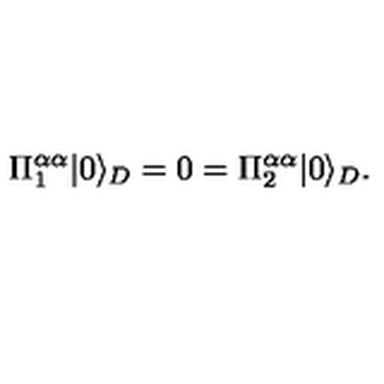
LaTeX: \Pi _ { 1 } ^ { \alpha \alpha } | 0 \rangle _ { D } = 0 = \Pi _ { 2 } ^ { \alpha \alpha } | 0 \rangle _ { D } . \,